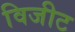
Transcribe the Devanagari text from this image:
विजीट